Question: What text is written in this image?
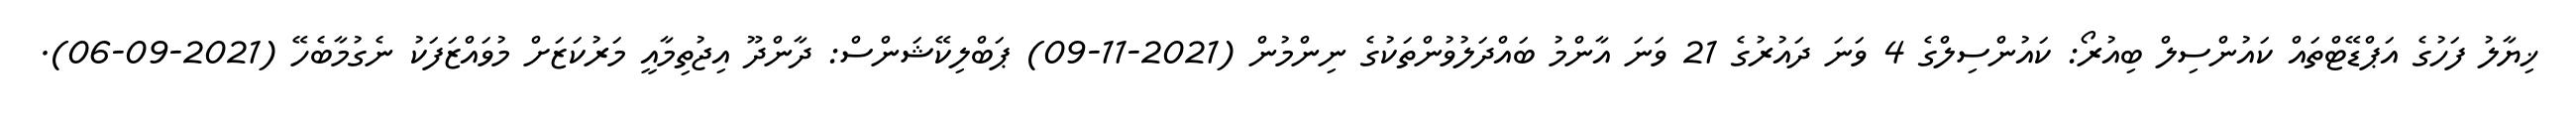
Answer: ޚިޔާލު ފަހުގެ އަޕްޑޭޓްތައް ކައުންސިލް ބިއުރޯ: ކައުންސިލްގެ 4 ވަނަ ދައުރުގެ 21 ވަނަ އާންމު ބައްދަލުވުންތަކުގެ ނިންމުން (2021-11-09) ޕަބްލިކޭޝަންސް: ދާންދޫ އިޖުތިމާއީ މަރުކަޒަށް މުވައްޒަފަކު ނެގުމާބެހޭ (2021-09-06).